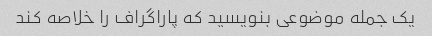
یک جمله موضوعی بنویسید که پاراگراف را خلاصه کند